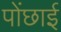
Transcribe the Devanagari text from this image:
पोंछाई